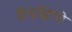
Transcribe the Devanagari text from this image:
हैं।दक्षिणी